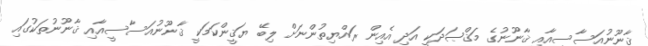
ޤާނޫނުއަސާސީއާއި ޤާނޫނުގެ މަޤްޞަދަކީ އަދި އެއިން ރައްޔިތުންނަަށް ލިބޭ ޔަޤީންކަމަކީ ޤާނޫނުއަސާސީއާއި ޤާނޫނުތަކުގައި